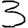
Digit: 3